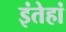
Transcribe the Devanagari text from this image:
इंतेहां